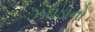
ઝઘડાનો